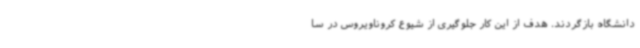
دانشگاه بازگردند. هدف از این کار جلوگیری از شیوع کروناویروس در سا